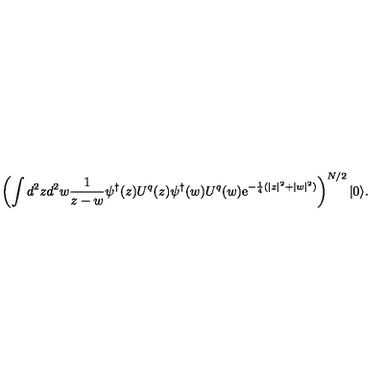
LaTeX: \left( \int d ^ { 2 } z d ^ { 2 } w { \frac { 1 } { z - w } } \psi ^ { \dagger } ( z ) U ^ { q } ( z ) \psi ^ { \dagger } ( w ) U ^ { q } ( w ) \mathrm { e } ^ { - { \frac { 1 } { 4 } } ( | z | ^ { 2 } + | w | ^ { 2 } ) } \right) ^ { N / 2 } | 0 \rangle .